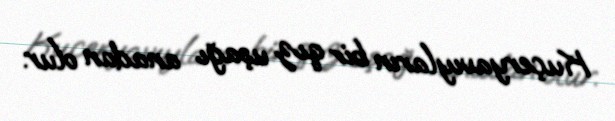
Kuçeryavıyların bir qız uşağı anadan olur.